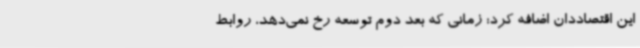
این اقتصاددان اضافه کرد: زمانی که بعد دوم توسعه رخ نمی‌دهد، روابط